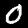
Label: 0